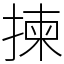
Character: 揀